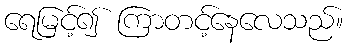
ရေမြင့်၍ ကြာတင့်နေလေသည်။